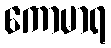
ကောမာရ